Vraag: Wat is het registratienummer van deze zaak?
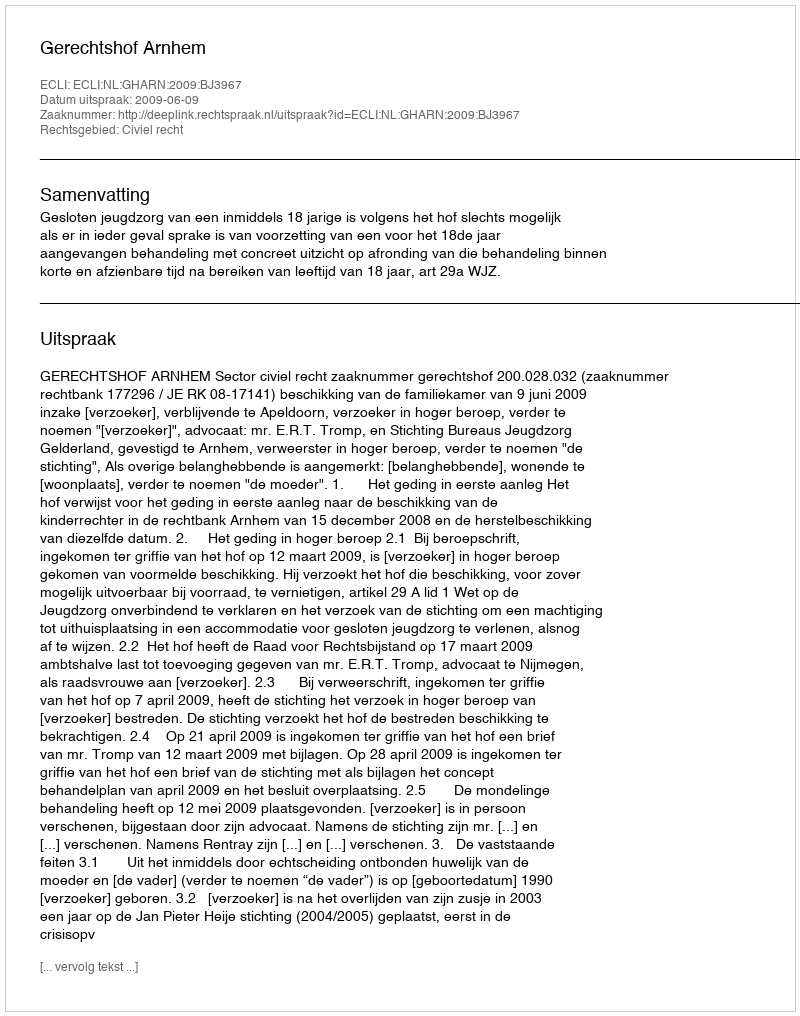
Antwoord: http://deeplink.rechtspraak.nl/uitspraak?id=ECLI:NL:GHARN:2009:BJ3967